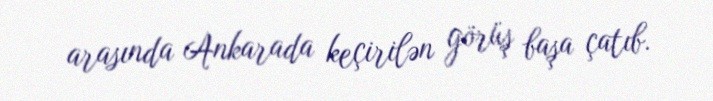
arasında Ankarada keçirilən görüş başa çatıb.